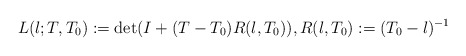
\begin{align*}L(\l;T,T_0):=\det(I+(T-T_0)R(\l,T_0)), R(\l,T_0):=(T_0-\l)^{-1}\end{align*}